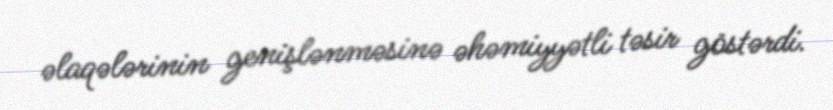
əlaqələrinin genişlənməsinə əhəmiyyətli təsir göstərdi.